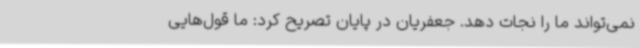
نمی‌تواند ما را نجات دهد. جعفریان در پایان تصریح کرد: ما قول‌هایی